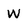
Character: W